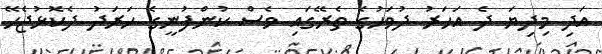
އަދި މިދިޔަ ދެ އަހަރު ދުވަހުގެ ތެރޭގައި ވެސް ކުންފުނީގެ ހަރަދު ދެކޮޅުޖެހޭ